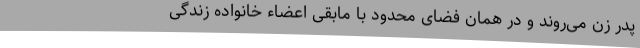
پدر زن می‌روند و در همان فضای محدود با مابقی اعضاء خانواده زندگی